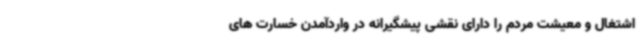
اشتغال و معیشت مردم را دارای نقشی پیشگیرانه در واردآمدن خسارت های